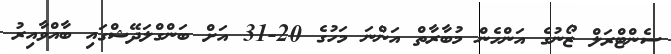
ސެންޓްރަލް ޒޯނުގެ އަންހެން މުބާރާތް އަންނަ މަހުގެ 20-31 އަށް ބަންގްލަދޭޝްގައި ބާއްވާއިރު